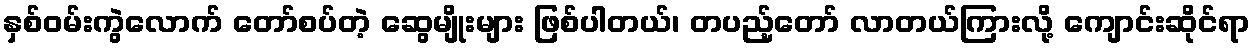
နှစ်ဝမ်းကွဲလောက် တော်စပ်တဲ့ ဆွေမျိုးများ ဖြစ်ပါတယ်၊ တပည့်တော် လာတယ်ကြားလို့ ကျောင်းဆိုင်ရာ